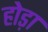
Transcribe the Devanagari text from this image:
होड़ा